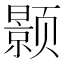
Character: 颢